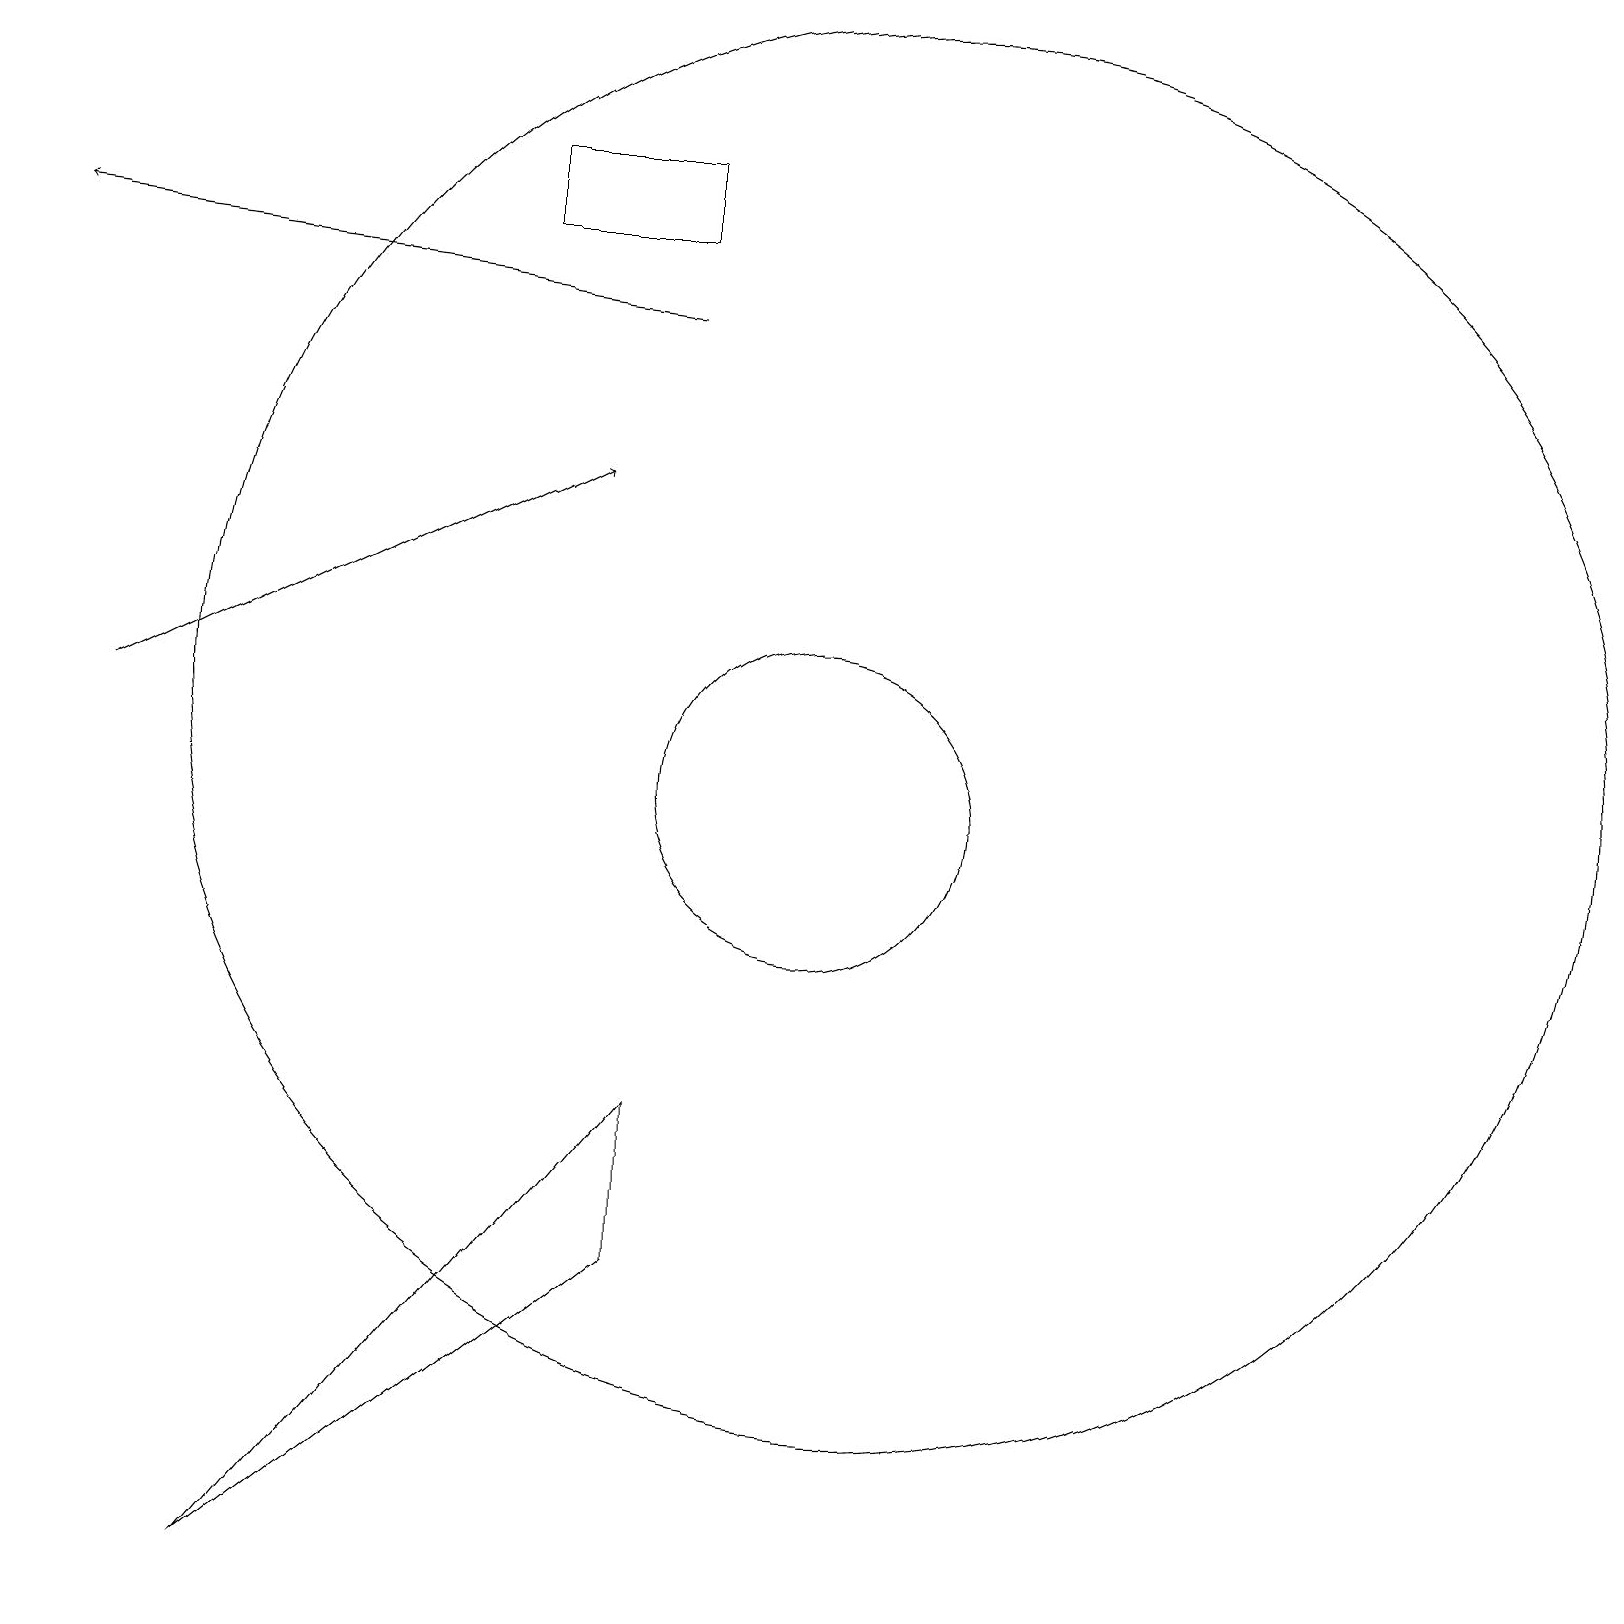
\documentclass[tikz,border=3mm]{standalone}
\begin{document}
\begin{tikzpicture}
\draw (9,4) -- (9,6) -- (4,0) -- cycle;
\draw (12,11) circle (9);
\draw[->] (9,16) -- (1,17);
\draw (11,10) circle (2);
\draw (7,17) rectangle (9,18);
\draw (10,12) circle (0);
\draw[->] (2,11) -- (8,14);
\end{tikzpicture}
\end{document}